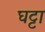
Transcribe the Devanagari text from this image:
घट्टा